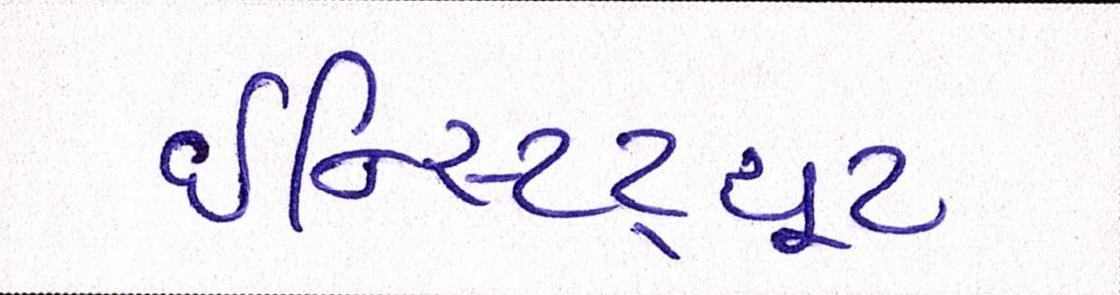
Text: ઈન્સ્ટિટ્યૂટ